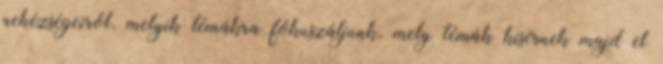
nehézségeiről, melyik témákra fókuszáljunk, mely témák kísérnek majd el